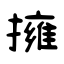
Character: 擁